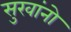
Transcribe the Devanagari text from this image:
सुखांनो